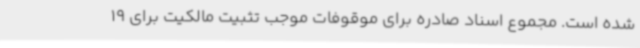
شده است. مجموع اسناد صادره برای موقوفات موجب تثبیت مالکیت برای 19